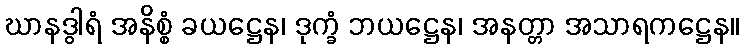
ဃာနဒွါရံ အနိစ္စံ ခယဋ္ဌေန၊ ဒုက္ခံ ဘယဋ္ဌေန၊ အနတ္တာ အသာရကဋ္ဌေန။